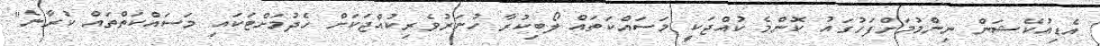
އެޑިއުކޭޝަން ނިންމުމަށްފަހުގައު ކޮންމެ ކުއްޖަކީ މަސައްކަތައް ލޯބިކުރާ ހުނަރުވެރިކުއްޖަކަށް ހެދުމަށްޓަކައި މަސައްކަތްތައް ކުރާނެ"